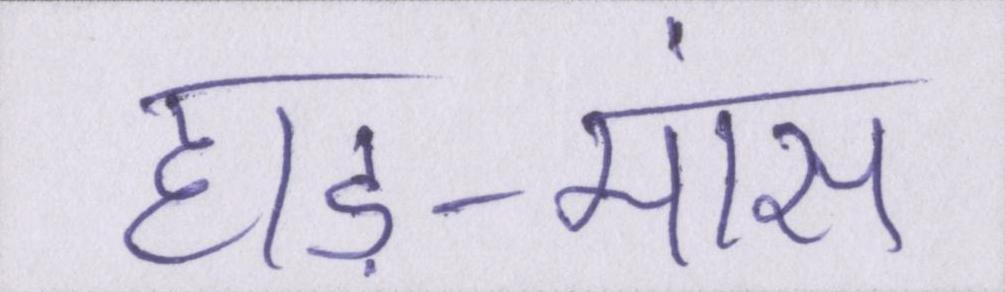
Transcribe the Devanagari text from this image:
हाड़-मांस